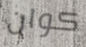
كوان